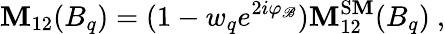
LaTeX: \mathbf{M}_{12}(B_{q})=(1-w_{q}e^{2i\varphi_{\mathscr{B}}})\mathbf{M}_{12}^{\mathrm{{S\mathbf{M}}}}(B_{q})\ ,